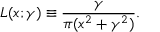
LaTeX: L ( x ; \gamma ) \equiv { \frac { \gamma } { \pi ( x ^ { 2 } + \gamma ^ { 2 } ) } } .